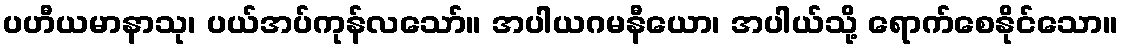
ပဟီယမာနာသု၊ ပယ်အပ်ကုန်လသော်။ အပါယဂမနီယော၊ အပါယ်သို့ ရောက်စေနိုင်သော။